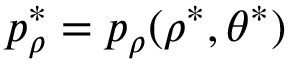
p _ { \rho } ^ { \ast } = p _ { \rho } ( \rho ^ { \ast } , \theta ^ { \ast } )